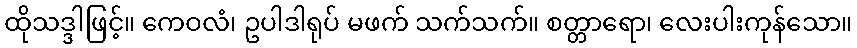
ထိုသဒ္ဒါဖြင့်။ ကေဝလံ၊ ဥပါဒါရုပ် မဖက် သက်သက်။ စတ္တာရော၊ လေးပါးကုန်သော။